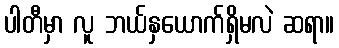
ပါတီမှာ လူ ဘယ်နှယောက်ရှိမလဲ ဆရာ။